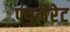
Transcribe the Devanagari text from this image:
फ्युमेरेट